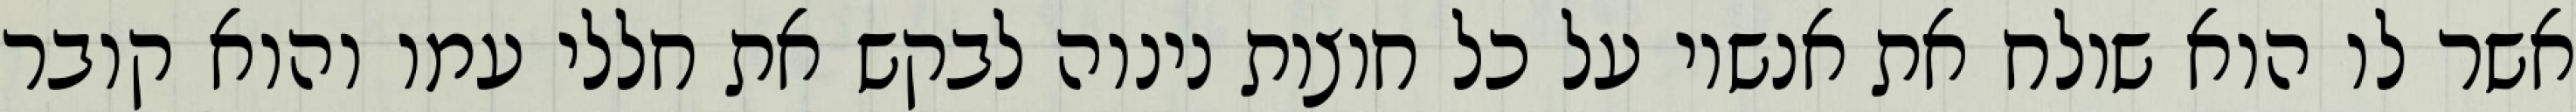
אשר לו הוא שולח את אנשיו על כל חוצות נינוה לבקש את חללי עמו והוא קובר